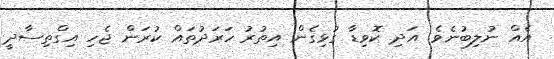
އެއް ނުލިބުނެވެ. އަދި ކޮވިޑާ ގުޅިގެން އިތުރު ހަރަދުތައް ކުރަން ޖެހި އިގްތިސާދީ